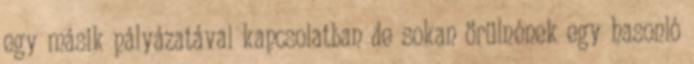
egy másik pályázatával kapcsolatban de sokan örülnének egy hasonló